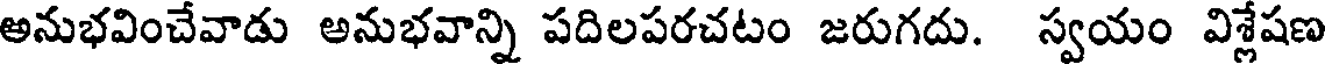
అనుభవించేవాడు అనుభవాన్ని పదిలపరచటం జరుగదు. స్వయం విశ్లేషణ